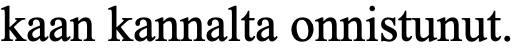
kaan kannalta onnistunut.